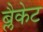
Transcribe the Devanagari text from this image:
ब्लैकेट